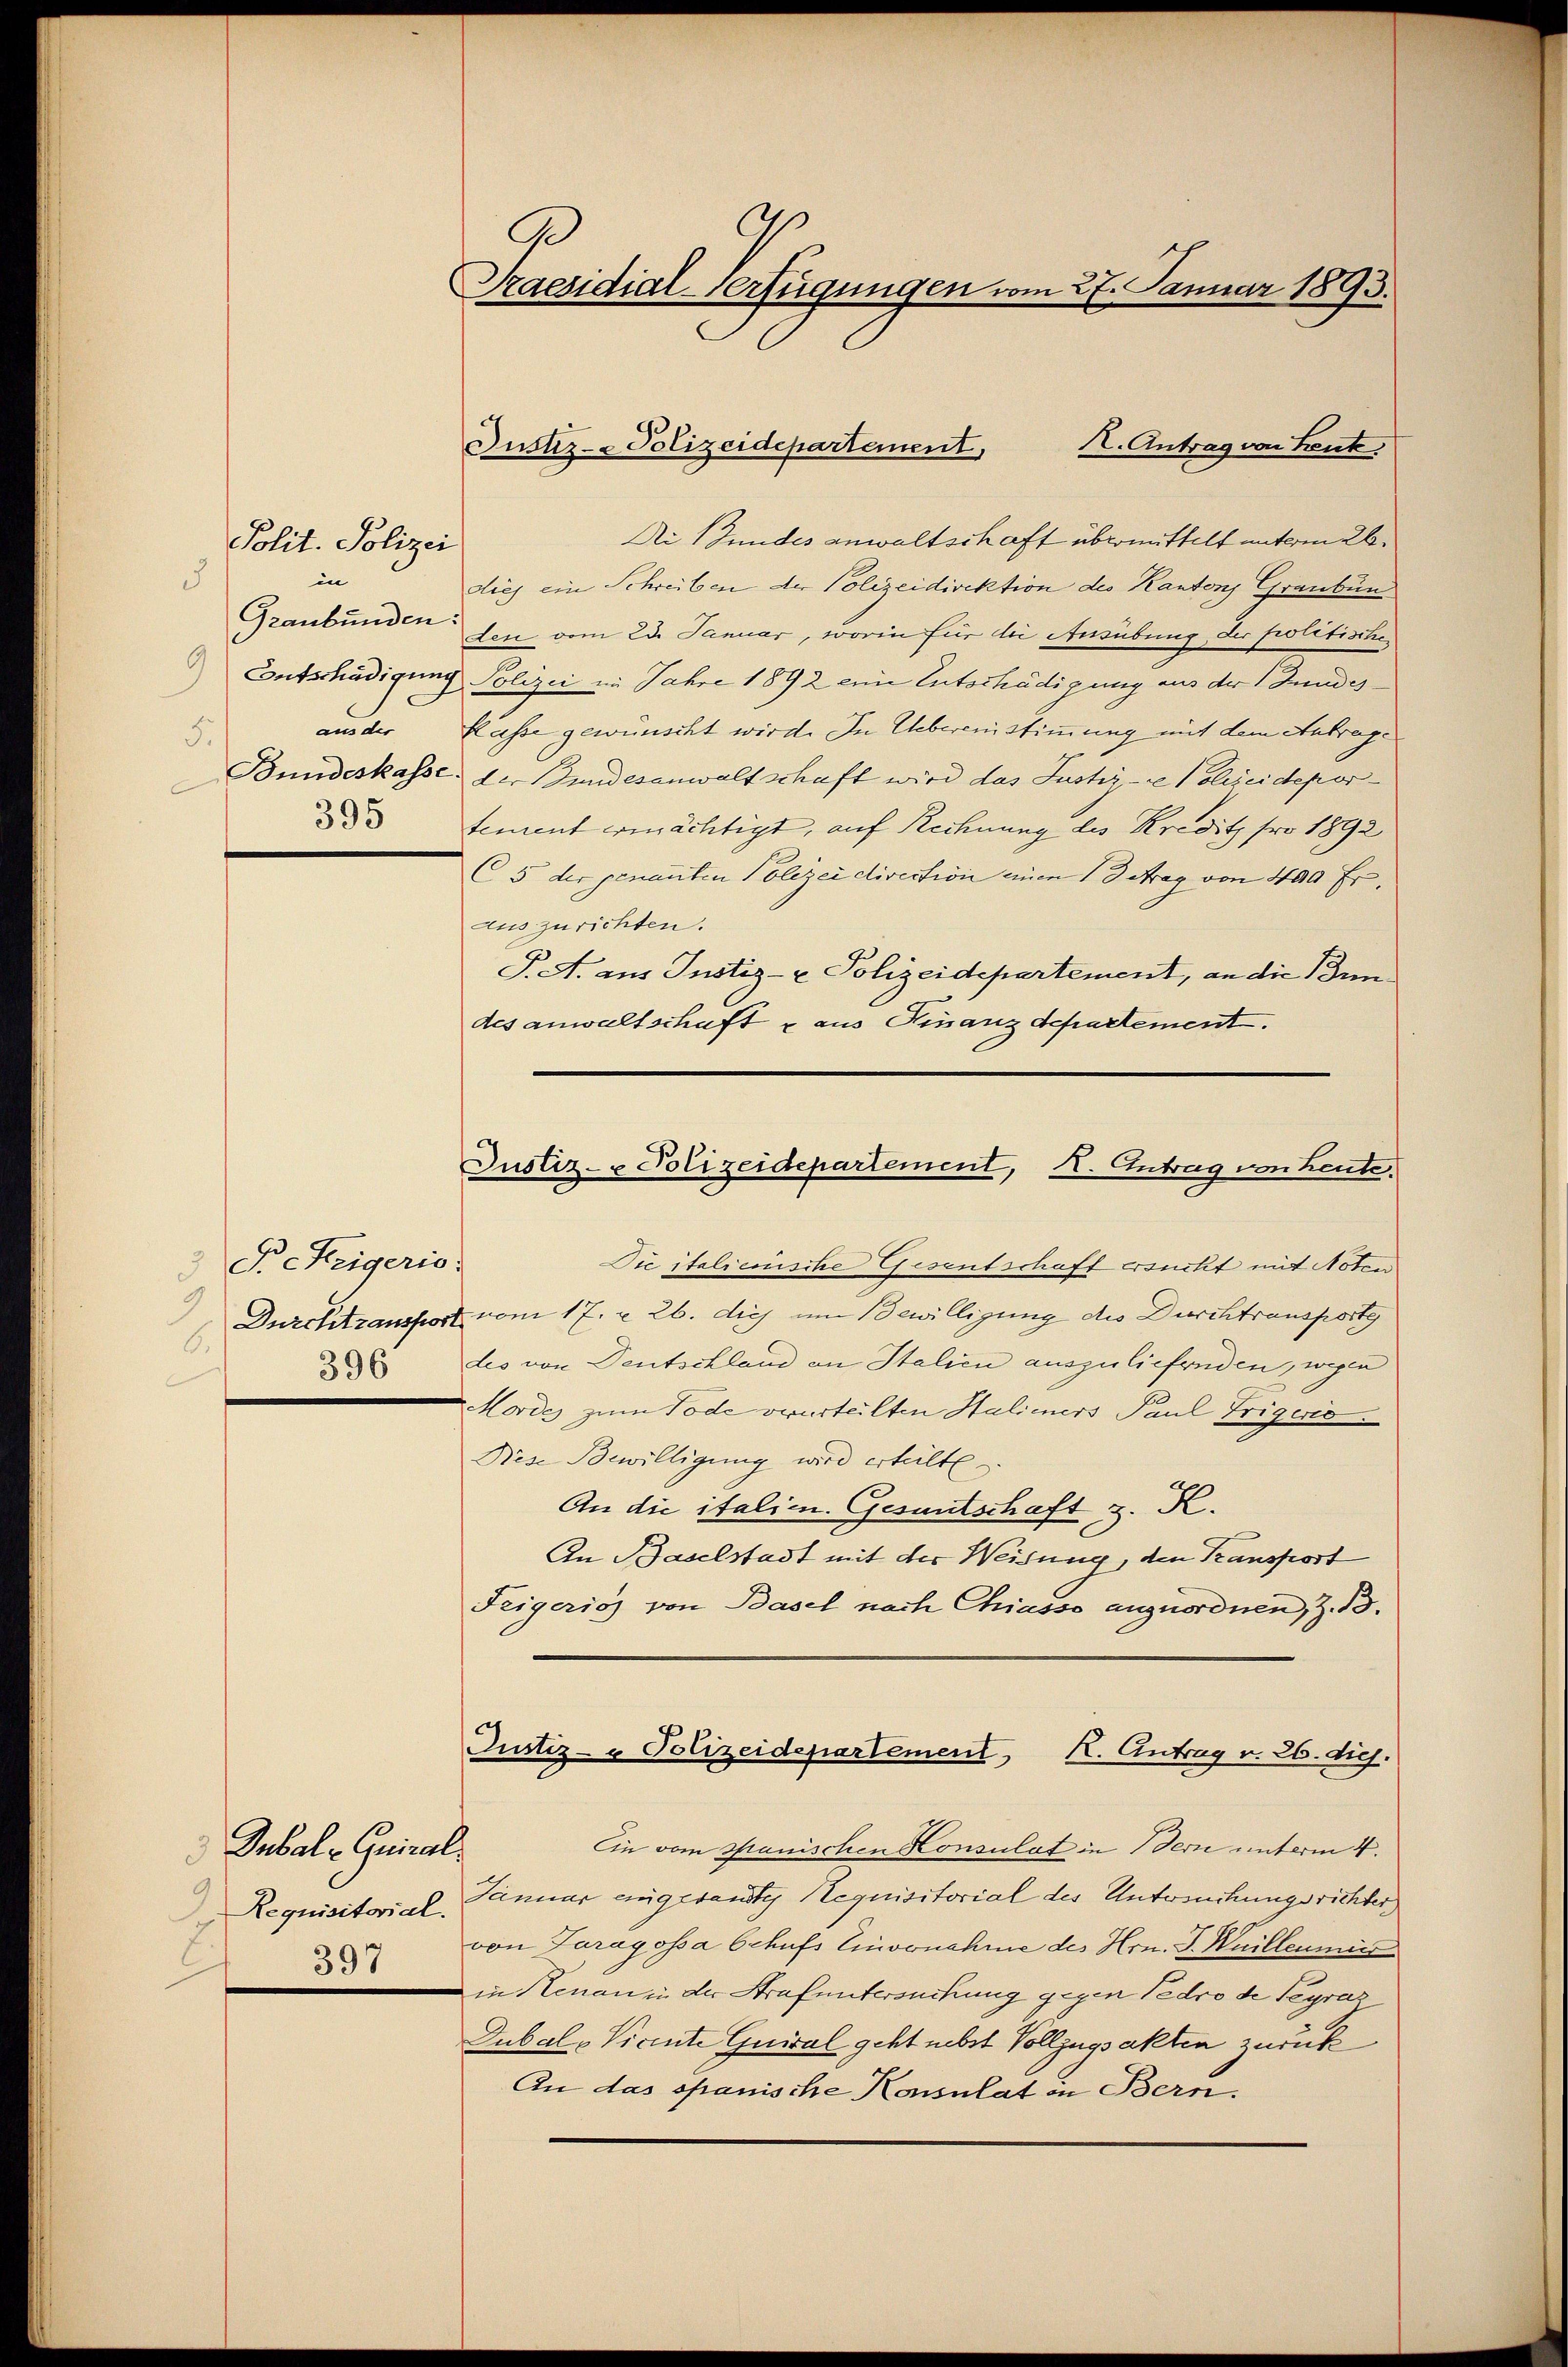
in
5
Graubünden:
5.
395

Polit. Polizei

3 Beckeigeris
3
6.
396

Subal Quiral¬
Requisitorial.
397

Praesidial-Verfügungen vom 27. Januar 1893.

Di Bundes anwaltschaft übermittelt unterm 26.
dies ein Schreiben der Polizeidirektion des Kantons Graubün
den vom 23. Januar, worin für die Ausübung, der politischen
Contschädigung Polizei in Jahre 1892 eine Entschädigung aus der Bundesaus der Kasse gewünscht wird. In Uebereinstimmung mit dem Antrage
Bundeskasse der Bundesanwaltschaft wird das Justiz- & Polizeidepor
tement ermächtigt, auf Rechnung des Kredit pro 1892
(5 der genanten Polizei direction einen 13 Arag von 400 Erauszurichten.
T. A. aus Justiz- & Polizeidepartement, an die Bundes anwaltschaft aus Finanzdepartement.

Justiz- & Polizeidepartement,

Die italienische Gesentschaft ersucht mit Noten
Durchtransport vom 17. v. 26. die um Bewilligung des Durchtransporte
des von Deutschland an Italien auszuliefenden, wegen
Mordes zum Tode verurteilten Halieners Paul Trigero
Diese Bewilligung wird erteilte.
An die italien. Gesantschaft z. K.
An Baselstadt mit der Weisung, den Kansport
Feigerich von Basel nach Chiasso anzuordnen, Z. 13.
Justiz- & Polizeidepartement, K. Antrag v. 26. dich.
Ein vom Spanischen Konsulat in Bern unterm 4.
Januar eingesandte Requisitorial des Untersuchungsrichter
von Jarayossa behufs Einvernahme des Hrn. J. Weillenmitt
in Kenanzi der Strafuntersuchung gegen Pedro de Segraz
Dubal-Vicnte Guival geht nebst Vollzugsakten zurück
An das spanische Konsulat in Bern.

A. Antrag von Leut

Justiz- & Polizeidepartement, I. Antrag von Leute.